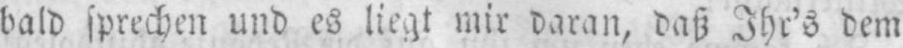
bald sprechen und es liegt mir daran, daß Ihr’s dem